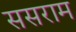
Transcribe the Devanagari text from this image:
ससराम